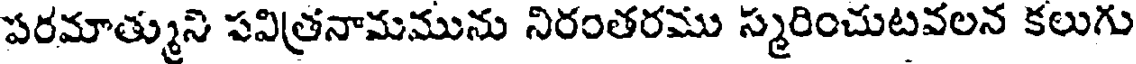
పరమాత్ముని పవిత్రనామమును నిరంతరము స్మరించుటవలన కలుగు